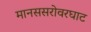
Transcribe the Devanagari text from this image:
मानससरोवरघाट